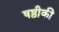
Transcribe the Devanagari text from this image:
षष्ठीकी